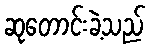
ဆုတောင်းခဲ့သည်